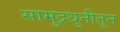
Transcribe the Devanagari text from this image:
सामुद्रधुनीतून